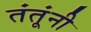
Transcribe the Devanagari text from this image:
तंतूंनी